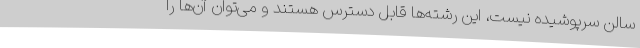
سالن سرپوشیده نیست، این رشته‌ها قابل دسترس هستند و می‌توان آن‌ها را